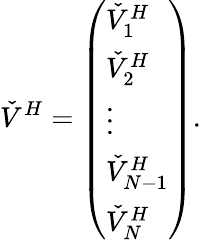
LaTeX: \check{V}^{H}=\left(\begin{array}{l}{\check{V}_{1}^{H}}\\ {\check{V}_{2}^{H}}\\ {\vdots}\\ {\check{V}_{N-1}^{H}}\\ {\check{V}_{N}^{H}}\end{array}\right).